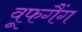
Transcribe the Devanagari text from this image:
वूफगैंग